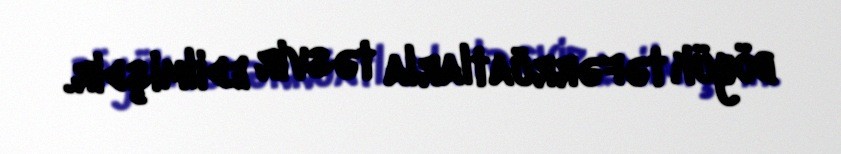
böyük təfərrüatlarla təsvir edilmişdir.